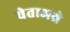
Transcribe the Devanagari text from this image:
चेताअग्रे